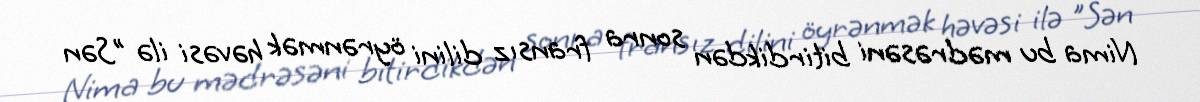
Nima bu mədrəsəni bitirdikdən sonra fransız dilini öyrənmək həvəsi ilə "Sən